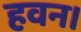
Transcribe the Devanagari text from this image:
हवन।